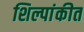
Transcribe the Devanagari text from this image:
शिल्पांकीत